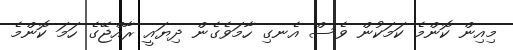
މިއިން ކޮންމެ ކަމަކުން ވެސް އެނގި ހާމަވެގެން ދިޔައީ ރާއްޖޭގެ ހަމަ ކޮންމެ